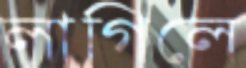
লাগিলে